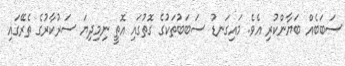
ސަބަބެއް ބަޔާންކުރި އެވެ. މައިގަނޑު ސަބަބުތަކުގެ ގޮތުގައި އޮތީ ނިމިދިޔަ ސަރުކާރުގެ ތެރޭގައި